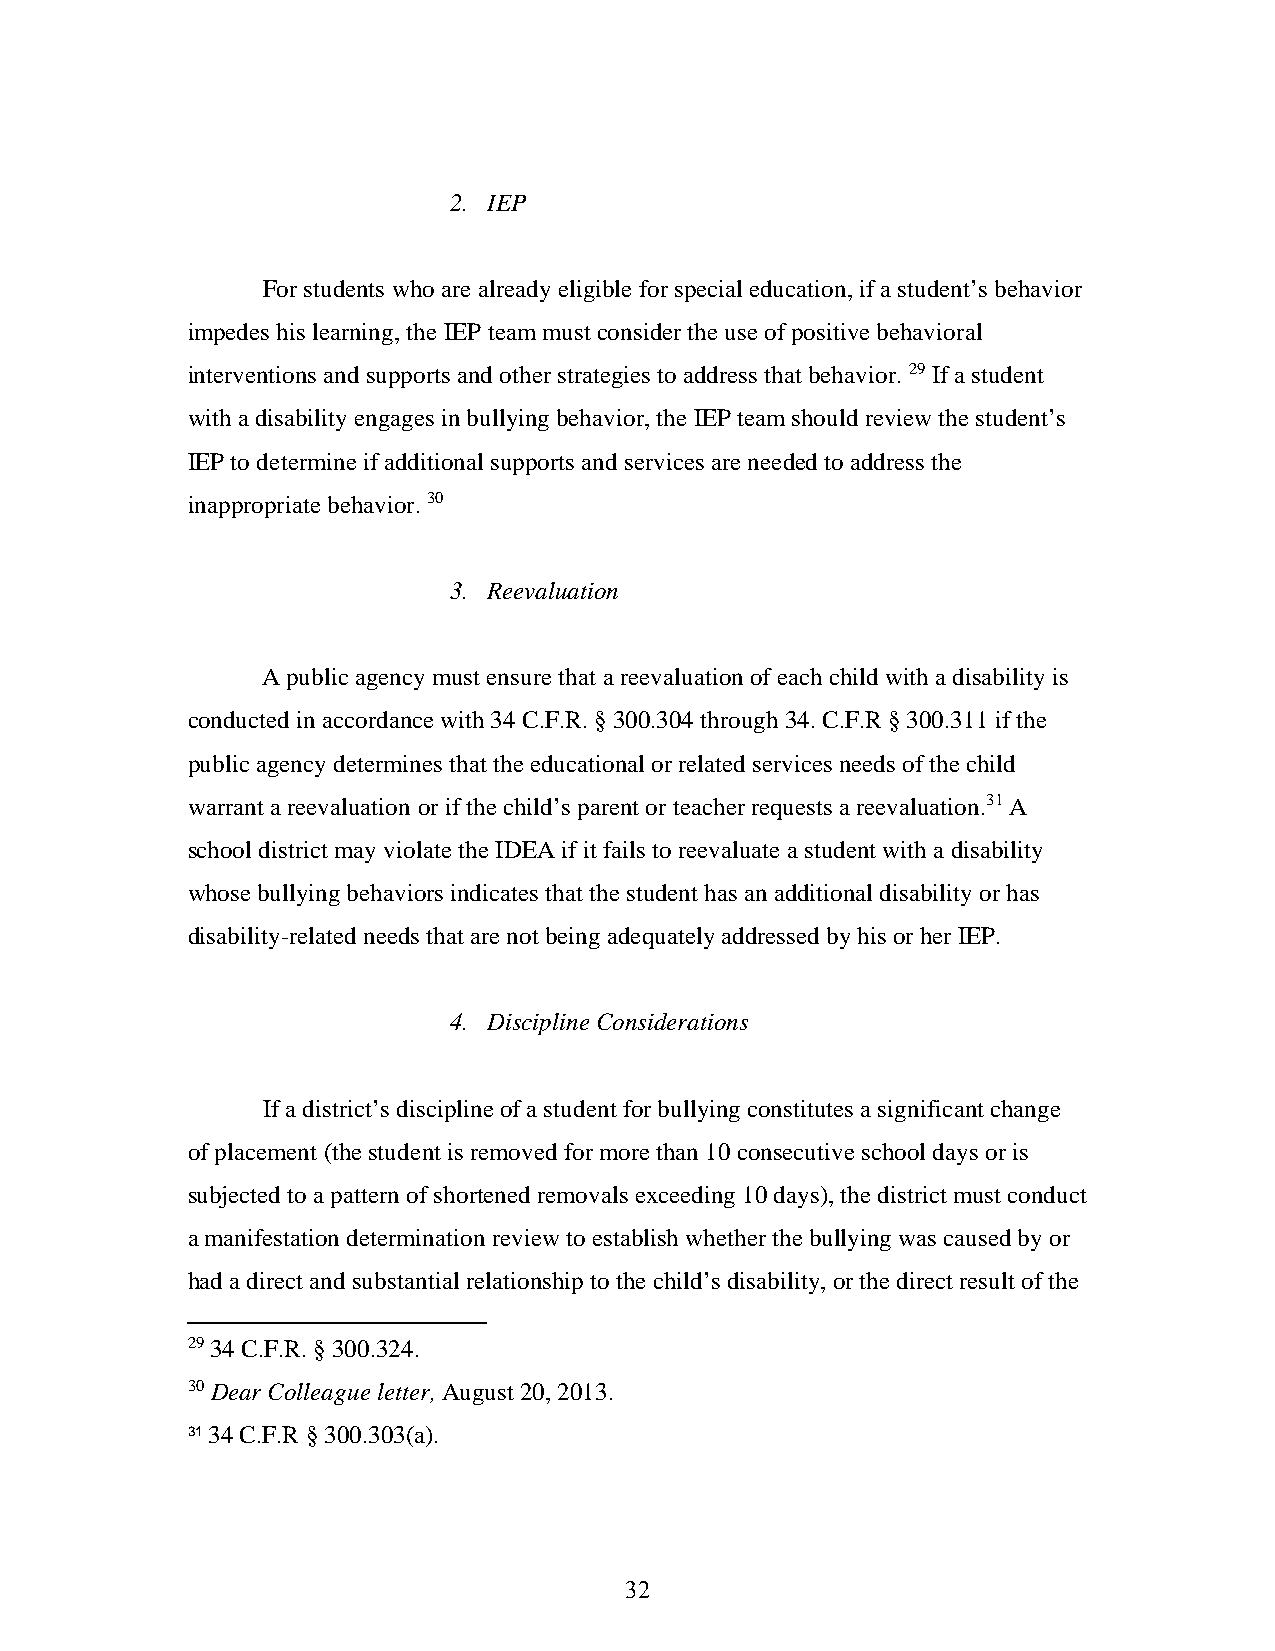
2. IEP
 For students who are already eligible for special education, if a student’s behavior
 impedes his learning, the IEP team must consider the use of positive behavioral
 interventions and supports and other strategies to address that behavior. 29 If a student
 with a disability engages in bullying behavior, the IEP team should review the student’s
 IEP to determine if additional supports and services are needed to address the
 inappropriate behavior. 30
 3. Reevaluation
 A public agency must ensure that a reevaluation of each child with a disability is
 conducted in accordance with 34 C.F.R. § 300.304 through 34. C.F.R § 300.311 if the
 public agency determines that the educational or related services needs of the child
 warrant a reevaluation or if the child’s parent or teacher requests a reevaluation.31 A
 school district may violate the IDEA if it fails to reevaluate a student with a disability
 whose bullying behaviors indicates that the student has an additional disability or has
 disability-related needs that are not being adequately addressed by his or her IEP.
 4. Discipline Considerations
 If a district’s discipline of a student for bullying constitutes a significant change
 of placement (the student is removed for more than 10 consecutive school days or is
 subjected to a pattern of shortened removals exceeding 10 days), the district must conduct
 a manifestation determination review to establish whether the bullying was caused by or
 had a direct and substantial relationship to the child’s disability, or the direct result of the
 29 34 C.F.R. § 300.324.
 30 Dear Colleague letter, August 20, 2013.
 31 34 C.F.R § 300.303(a).
 32